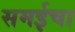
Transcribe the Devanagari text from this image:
समईचा